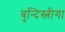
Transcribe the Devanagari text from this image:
बुन्दिस्लीगा